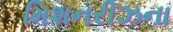
મિશનરીઝના